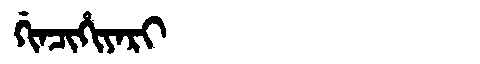
Manchu: ᡤᡳᠨᠴᡳᡥᡳᠶᠠᡵᡳ
Romanization: GINCIHIYARI